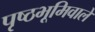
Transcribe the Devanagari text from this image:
पृष्ठभूमिवाले